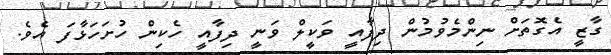
ގާޒީ އެގޮތަށް ނިންމެވުމުން ދިފާއީ ވަކީލް ވަނީ ދިފާއީ ހެކިން ހުށަހަޅާފަ އެވެ.